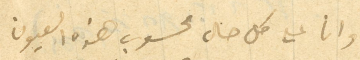
وانا على كل حال محسوب هذه العيون